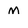
Character: M